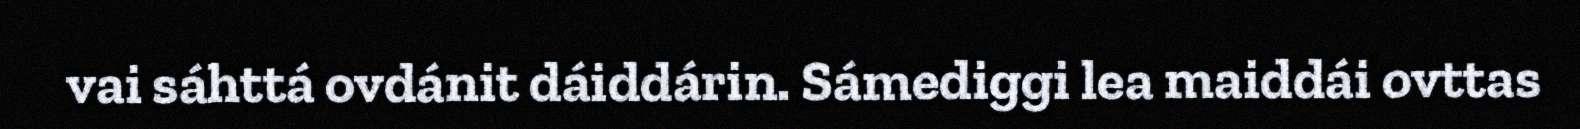
vai sáhttá ovdánit dáiddárin. Sámediggi lea maiddái ovttas